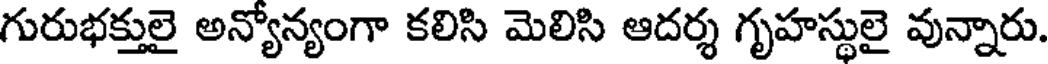
గురుభక్తులై అన్యోన్యంగా కలిసి మెలిసి ఆదర్శ గృహస్థులై వున్నారు.